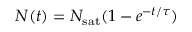
N ( t ) = \ensuremath { N _ { \mathrm { s a t } } } ( 1 - e ^ { - t / \tau } )